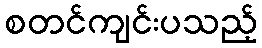
စတင်ကျင်းပသည့်